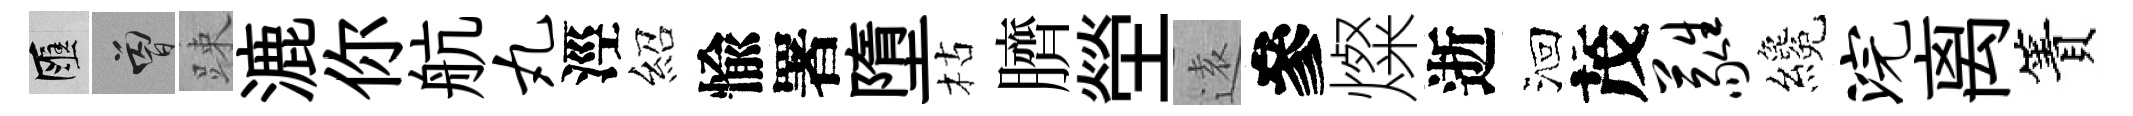
匯曾踈漉你航丸涇紹愉署墮枯臍塋逺參燦逝洄茂蕤纔浣离簀